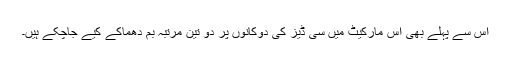
اس سے پہلے بھی اس مارکیٹ میں سی ڈیز کی دوکانوں پر دو تین مرتبہ بم دھماکے کیے جاچکے ہیں۔